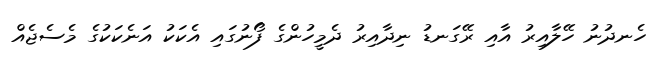
ހެނދުނު ހޭލާއިރު އާއި ރޭގަނޑު ނިދާއިރު ދެމީހުންގެ ފޯނުގައި އެކަކު އަނެކަކުގެ މެސެޖެއް